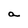
Character: a